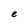
Character: e